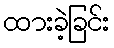
ထားခဲ့ခြင်း